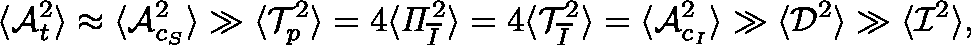
\langle \mathcal { A } _ { t } ^ { 2 } \rangle \approx \langle \mathcal { A } _ { c _ { S } } ^ { 2 } \rangle \gg \langle \mathcal { T } _ { p } ^ { 2 } \rangle = 4 \langle \mathit { \Pi } _ { \overline { { I } } } ^ { 2 } \rangle = 4 \langle \mathcal { T } _ { \overline { { I } } } ^ { 2 } \rangle = \langle \mathcal { A } _ { c _ { I } } ^ { 2 } \rangle \gg \langle \mathcal { D } ^ { 2 } \rangle \gg \langle \mathcal { I } ^ { 2 } \rangle ,